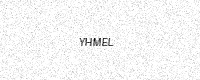
Text: YHMEL